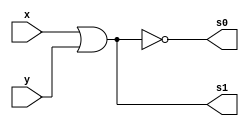
// ------------------------- 
// Exemplo_0704  
// Nome: Larissa Domingues Gomes 
// ------------------------- 

module A (output s0, s1, input x,y);
    or  OR1(s1, x, y);
	nor  NOR1 (s0, x, y);


endmodule

module B (output s0, s1, input x,y);
    
	xor XOR1(s1, x, y);
	xnor NXOR1 (s0, x, y);
	
endmodule

module MUX(output s0, input x,y, seletor);
    wire  notseletor, sa1, sa2;
    
    
    not NOT1 (notseletor, seletor);
    and AND1(sa1, x, seletor);
    and AND2(sa2, y, notseletor);
    or OR1  (s0, sa1, sa2);
    
endmodule    

module E3(output s0, input x, y, seletor1, seletor2);

    wire ono1, ono2, xo1, xo2, m1, m2;
    
    A A1(ono1, ono2, x, y);
    B B1(xo1, xo2, x, y);
    MUX MUX1(m1, ono1, ono2, seletor1);
    MUX MUX2(m2, xo1, xo2, seletor1);
    MUX MUX3(s0, m2, m1, seletor2);
    
endmodule
    
module ValoresIniciais;

reg a, b;
reg [1:0] seletor;
wire s0;

E3 ME3 (s0, a, b, seletor[0], seletor[1]);
initial
begin : start

	a = 1'bx;
	b = 1'bx;
	seletor = 2'bxx;

end

initial
begin : main

	$display("Exemplo_0704 - Larissa Gomes - 650525");
	$display("Expressoes booleanas");
	
	#1 a = 0; b = 0; seletor = 00;
	$display("seletor a  b  =  s0  ");
    $monitor("%2B      %2b %2b  = %2b ",seletor, a, b, s0);
		
	#1 a = 0; b = 1; seletor = 00;
	#1 a = 1; b = 0; seletor = 00;
	#1 a = 1; b = 1; seletor = 00;
	
	#1 a = 0; b = 0; seletor = 01;
	#1 a = 0; b = 1; seletor = 01;
	#1 a = 1; b = 0; seletor = 01;
	#1 a = 1; b = 1; seletor = 01;
	
	#1 a = 0; b = 0; seletor = 10;
	#1 a = 0; b = 1; seletor = 10;
	#1 a = 1; b = 0; seletor = 10;
	#1 a = 1; b = 1; seletor = 10;
	

	#1 a = 0; b = 0; seletor = 11;
	#1 a = 0; b = 1; seletor = 11;
	#1 a = 1; b = 0; seletor = 11;
	#1 a = 1; b = 1; seletor = 11;
end
endmodule